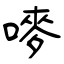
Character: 嘜